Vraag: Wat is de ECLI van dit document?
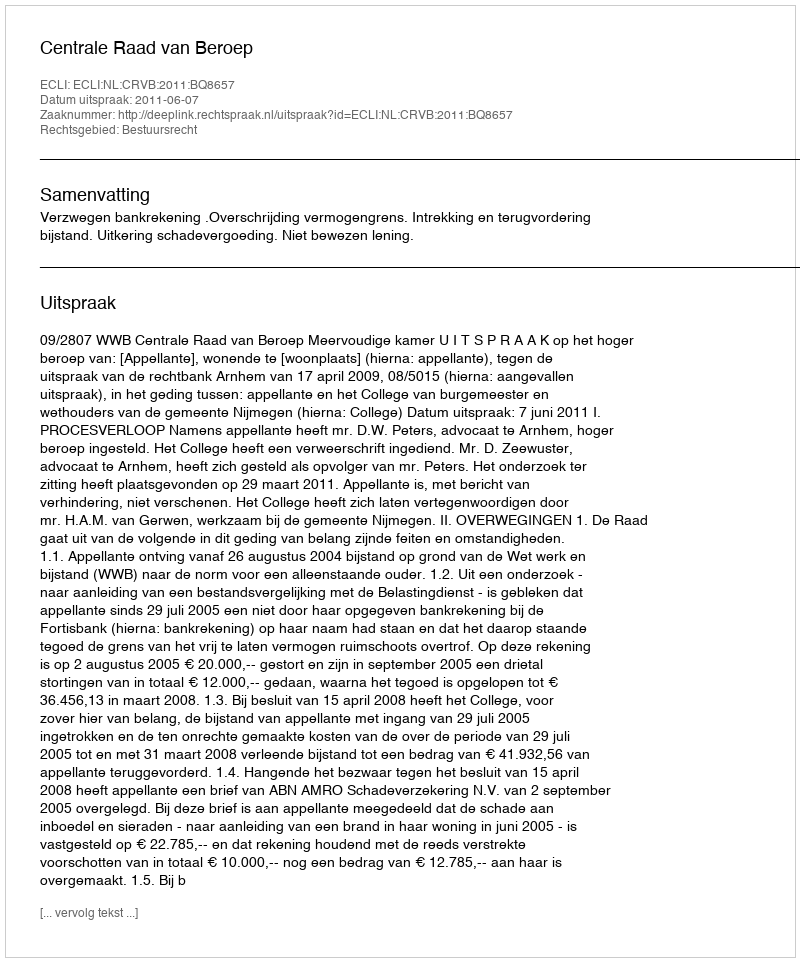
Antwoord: ECLI:NL:CRVB:2011:BQ8657